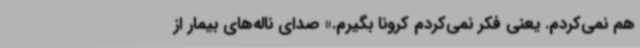
هم نمی‌کردم. یعنی فکر نمی‌کردم کرونا بگیرم.» صدای ناله‌های بیمار از